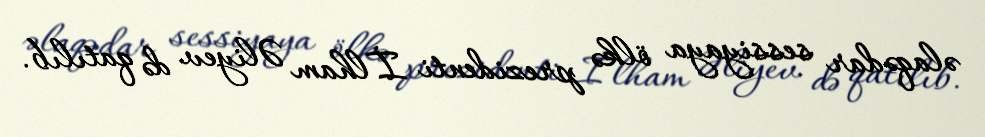
əlaqədar sessiyaya ölkə prezidenti İlham Əliyev də qatılıb.